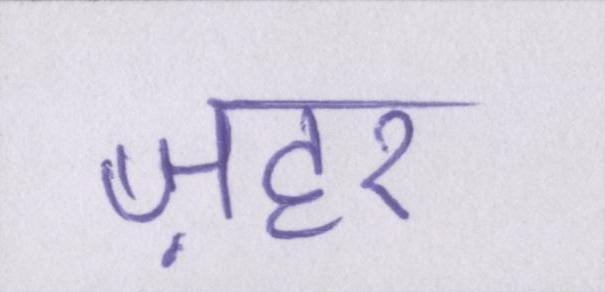
ज़हर